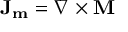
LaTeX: \mathbf { J _ { m } } = \nabla \times \mathbf { M }